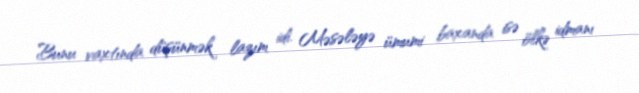
Bunu vaxtında düşünmək lazım idi. Məsələyə ümumi baxanda isə ölkə idmanı